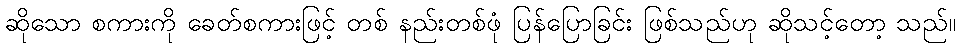
ဆိုသော စကားကို ခေတ်စကားဖြင့် တစ် နည်းတစ်ဖုံ ပြန်ပြောခြင်း ဖြစ်သည်ဟု ဆိုသင့်တော့ သည်။